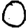
Digit: 0